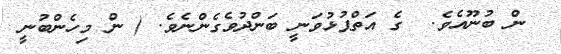
ން ބުނޫއެވެ.  ގެ އަތްޕުޅުވަނީ ބަންދުވެގެންނެވެ. ( ން މިހެންބުނީ